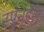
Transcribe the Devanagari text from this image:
स्प्लेनडेंस